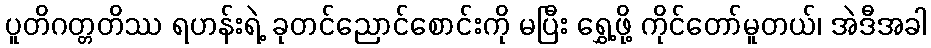
ပူတိဂတ္တတိဿ ရဟန်းရဲ့ ခုတင်ညောင်စောင်းကို မပြီး ရွှေ့ဖို့ ကိုင်တော်မူတယ်၊ အဲဒီအခါ